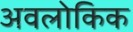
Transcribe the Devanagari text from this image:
अवलोकिक